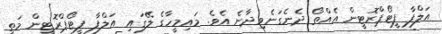
އަލްފާ ފީޓޯޕްރޮޓީން އެއްތޯ ދެނެގަނެވިދާނެ އެވެ. މައިމީހާގެ ލޭގައި އަލްފާ ފީޓޯޕްރޮޓީން މަތީ